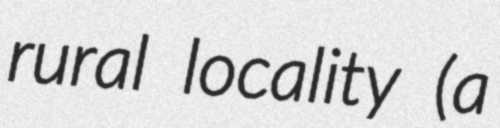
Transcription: rural locality (a